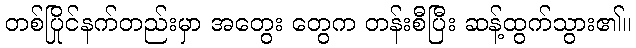
တစ်ပြိုင်နက်တည်းမှာ အတွေး တွေက တန်းစီပြီး ဆန့်ထွက်သွား၏။